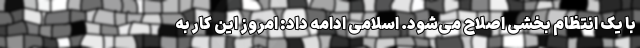
با یک انتظام بخشی اصلاح می‌شود. اسلامی ادامه داد: امروز این کار به